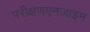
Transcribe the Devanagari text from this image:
परीक्षणएनज़ाइम